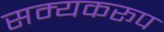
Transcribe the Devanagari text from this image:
सम्यकरूप